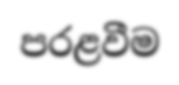
පරළවීම